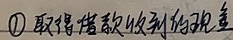
\(\textcircled{1}\) 取得借款收到的现金